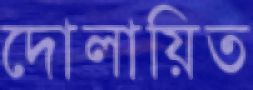
দোলায়িত